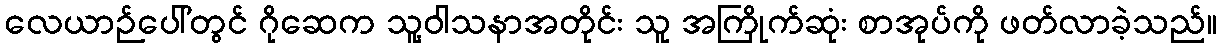
လေယာဉ်ပေါ်တွင် ဂိုဆေက သူ့ဝါသနာအတိုင်း သူ အကြိုက်ဆုံး စာအုပ်ကို ဖတ်လာခဲ့သည်။